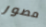
مصور